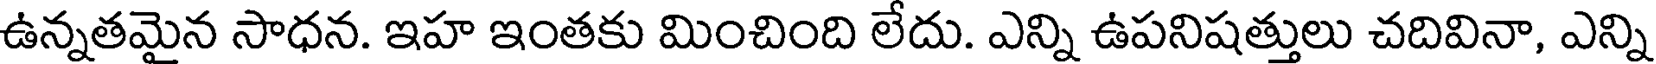
ఉన్నతమైన సాధన. ఇహ ఇంతకు మించింది లేదు. ఎన్ని ఉపనిషత్తులు చదివినా, ఎన్ని